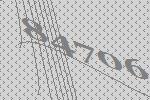
84706